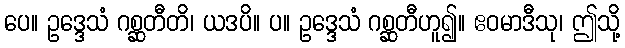
ပေ။ ဥဒ္ဒေသံ ဂစ္ဆတီတိ၊ ယဒပိ။ ပ။ ဥဒ္ဒေသံ ဂစ္ဆတီဟူ၍။ ဧဝမာဒီသု၊ ဤသို့